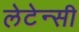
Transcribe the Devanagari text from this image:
लेटेन्सी